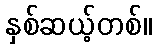
နှစ်ဆယ့်တစ်။